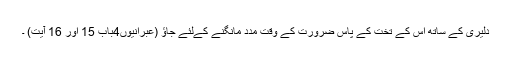
دلیری کے ساتھ اس کے تخت کے پاس ضرورت کے وقت مدد مانگنے کےلئے جاﺅ (عبرانیوں4باب 15 اور 16 آیت) ۔